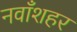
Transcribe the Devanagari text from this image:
नवाँशहर